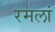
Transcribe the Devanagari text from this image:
रमलां